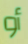
أو